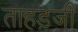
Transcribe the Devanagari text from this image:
ताहड़जी